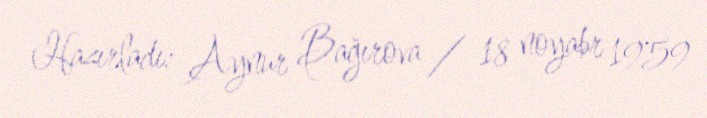
Hazırladı: Aynur Bağırova / 18 noyabr 1959